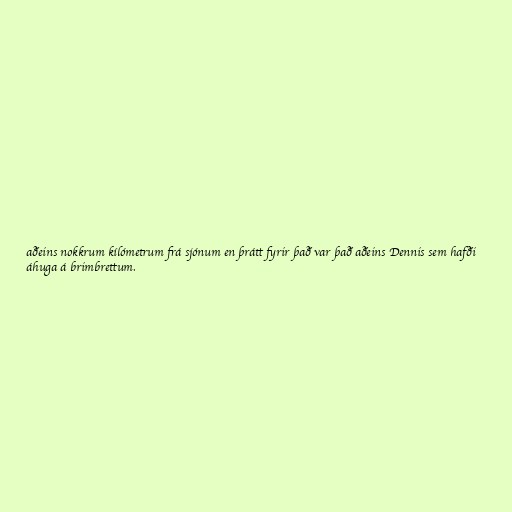
aðeins nokkrum kílómetrum frá sjónum en þrátt fyrir það var það aðeins Dennis sem hafði
áhuga á brimbrettum.